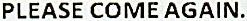
PLEASE COME AGAIN.